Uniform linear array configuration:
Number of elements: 16
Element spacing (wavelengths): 0.75
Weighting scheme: binomial
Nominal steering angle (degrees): -60
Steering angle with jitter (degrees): -59.837
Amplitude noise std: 0.05
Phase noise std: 0.05

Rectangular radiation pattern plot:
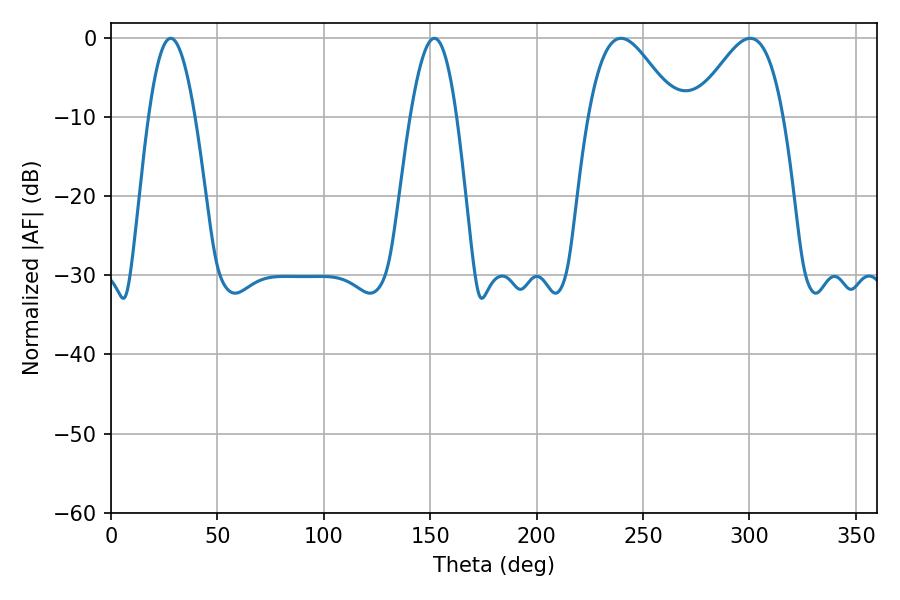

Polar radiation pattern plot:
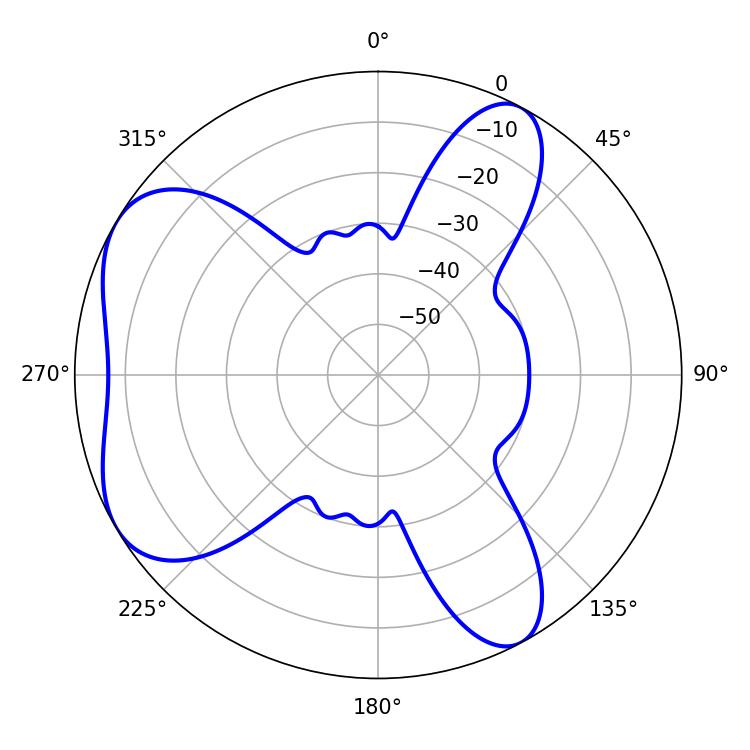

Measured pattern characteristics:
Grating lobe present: TRUE
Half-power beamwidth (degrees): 11.88
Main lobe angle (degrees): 28.08